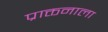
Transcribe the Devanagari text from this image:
प्राक्तनाला